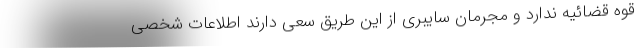
قوه قضائیه ندارد و مجرمان سایبری از این طریق سعی دارند اطلاعات شخصی